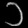
Digit: ၁